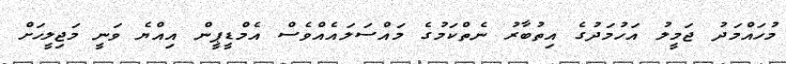
މުހައްމަދު ޖަމީލު އަހުމަދުގެ އިތުބާރު ނެތްކަމުގެ މައްސަލައެއްވެސް އެމްޑީޕީން އިއްޔެ ވަނީ މަޖިލީހަށް